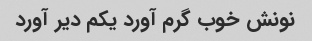
نونش خوب گرم آورد یکم دیر آورد